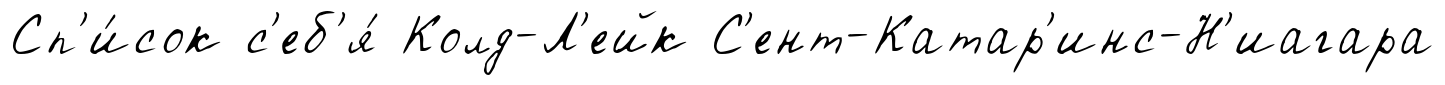
Сп'и́сок с'еб'я́ Колд-Л'ейк С'ент-Катар'инс-Н'иагара